system: You are a helpful assistant.
user:
Analyze the provided spectrum to determine if it is a **Carbon Star (C-type)**.

- **Key Visual Indicators of Carbon Star:**
    - **(Primary):** Strong molecular absorption from **C₂ (diatomic carbon) "Swan Bands."** This is the **defining feature** of a carbon star.
        - **(Key Bandheads):** Sharp absorption edges are visible at approximately $5635$ Å, $5165$ Å (the strongest band), and $4737$ Å.
        - **(Line Profile):** Creates a distinct **"saw-tooth"** pattern. The key morphology is a sharp, steep bandhead on the **red (long-wavelength) side**, which then gradually tapers off (i.e., flux recovers) towards the **blue (short-wavelength) side**. *(This is the direct opposite of the TiO bands seen in M-type stars)*.

    - **(Secondary):** Intense **CN (cyanogen)** molecular absorption bands.
        - **(Key Bandheads):** Located in the blue and violet regions of the spectrum (e.g., near $4215$ Å and $3883$ Å).
        - **(Morphology):** These bands are extremely broad and act as a "blanket," absorbing the vast majority of blue and violet light. This creates a characteristic **"cliff"** or **"steep drop-off"** in the spectrum's flux at short wavelengths.

    - **(Key Confirmation):** Strong **CH absorption band (G-band)**.
        - **(Key Bandhead):** Located around $4300$ Å. The contribution from CH molecules to this band is exceptionally strong.

    - **(Overall Spectrum):**
        - The continuum is severely "chopped up" by these deep molecular bands, especially C₂, rather than appearing as a smooth curve.
        - Due to the heavy CN and C₂ absorption in the blue-green, the vast majority of the star's flux is concentrated in the red part of the spectrum, giving the star its characteristic deep red color.

Think first, call **spectral_visualization_tool** if needed to examine features in detail, then provide your final answer. Your response must adhere to the following strict rules:
1.  **Overall Structure:** Your response must follow the format `<think>...</think> <tool_call>...</tool_call> (if a tool is used) <answer>...</answer>`.
2.  **Tool Usage Constraint:** You may only make **one** tool call per turn.
3.  **Final Answer Format:** In the `<answer>` tag, your conclusion must be inside a `\boxed{}` command (e.g., `\boxed{YES}`), followed by your justification.

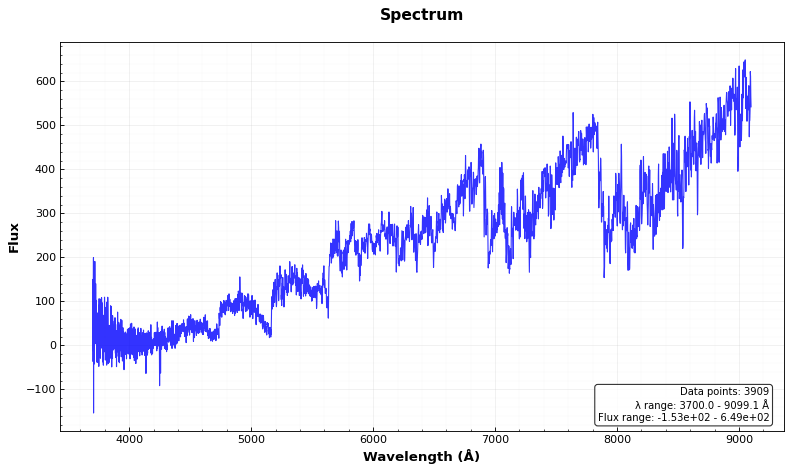
Answer: YES